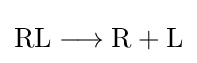
{{\text{RL}}{}\mathrel {\longrightarrow } {}{\text{R}}{}+{}{\text{L}}}